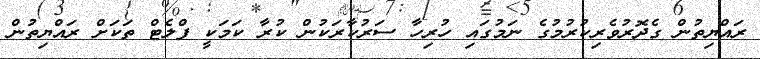
ރައްޔިތުން ގެދޮރުވެރިކުރުމުގެ ނަމުގައި ހުރިހާ ސަރުކާރަކުން ކުރާ ކަމަކީ ފްލެޓް ތަކަށް ރައްޔިތުން